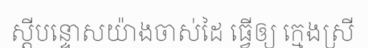
ស្តីបន្ទោសយ៉ាងចាស់ដៃ ធ្វើឲ្យ ក្មេងស្រី